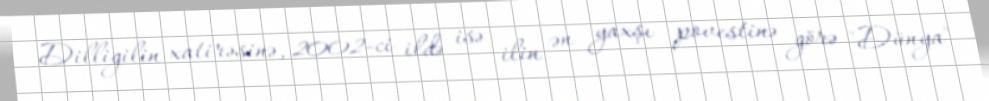
Dilligilin xatirəsinə, 2002-ci ildə isə ilin ən yaxşı povestinə görə "Dünya"